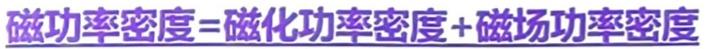
磁功率密度=磁化功率密度+磁场功率密度